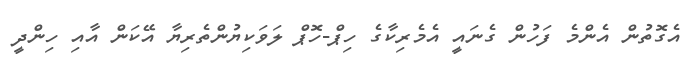
އެގޮތުން އެންމެ ފަހުން ގެނައީ އެމެރިކާގެ ހިޕް-ހޮޕް ލަވަކިޔުންތެރިޔާ އޭކަން އާއި ހިންދީ